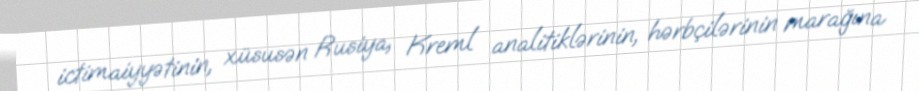
ictimaiyyətinin, xüsusən Rusiya, Kreml analitiklərinin, hərbçilərinin marağına